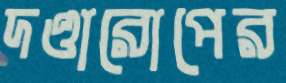
দণ্ডারোপের